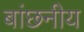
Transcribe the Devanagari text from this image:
बांछनीय